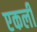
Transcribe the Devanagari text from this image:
एकली